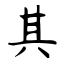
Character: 其